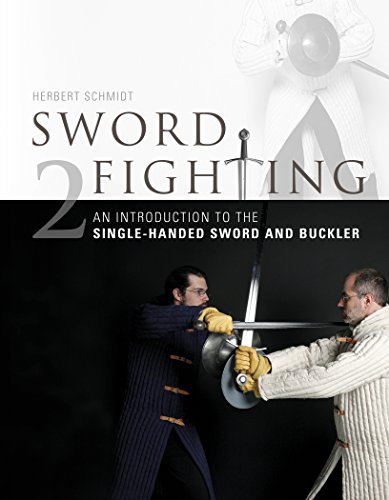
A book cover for Sword Fighting: An Introduction to the Single-Handed Sword and Buckler; Herbert Schmidt; History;